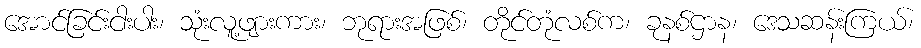
အောင်ခြင်းငါးပါး၊ သုံးလူ့ဖျားကား၊ ဘုရားအဖြစ်၊ တိုင်တုံလစ်က၊ ခုနစ်ဌာန၊ ဒေသဆန်းကြယ်၊